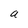
Character: a